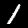
Digit: 1